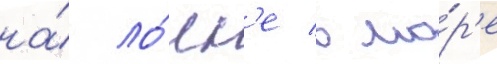
на́ ло́дк'е в мо́р'е